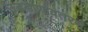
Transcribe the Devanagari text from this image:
उड्डाणावतरणे